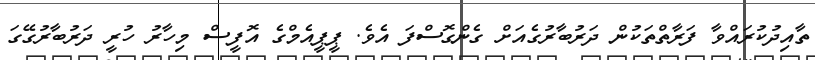
ތާއިދުކުރައްވާ ފަރާތްތަކުން ދަރުބާރުގެއަށް ގެންގޮސްފަ އެވެ. ޕީޕީއެމްގެ އޮފީސް މިހާރު ހުރީ ދަރުބާރުގޭގަ